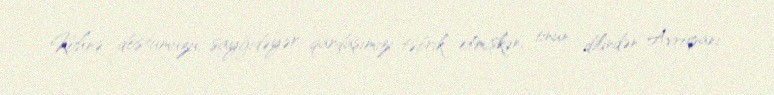
Köhnə dostumuzu, sayğıdəyər qardaşımızı təbrik etmişkən, onun dilindən Avropanı